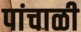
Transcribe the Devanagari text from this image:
पांचाळी